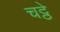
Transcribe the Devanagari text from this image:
चट्ठे